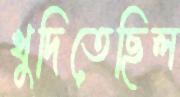
খুদিতেছিল